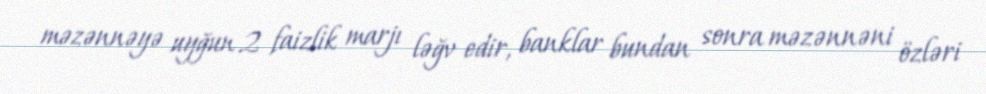
məzənnəyə uyğun 2 faizlik marjı ləğv edir, banklar bundan sonra məzənnəni özləri